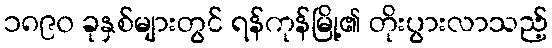
၁၈၉၀ ခုနှစ်များတွင် ရန်ကုန်မြို့၏ တိုးပွားလာသည့်